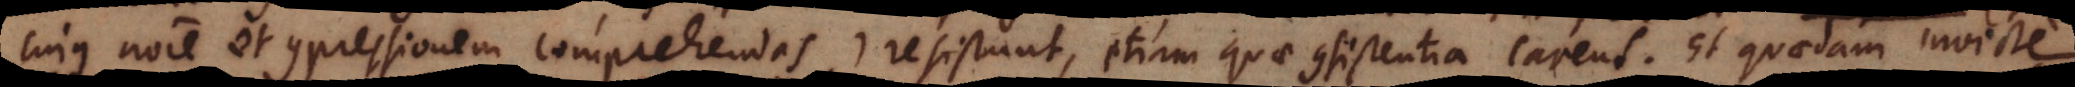
cujus nomine et compressionem comprehendas) resistunt, etiam quae consistentia carent. Et quaedam invite